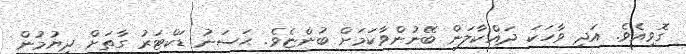
ގޮވިއެވެ. އަދި ވާހަކަ ދައްކާލަން ބޭނުންވާކަމަށް ބުންޏެވެ. ޙަސަނު ޑަކްޓަރު ގާތަށް ދިޔުމުން